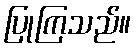
ပြုကြသည်။